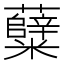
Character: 糵